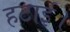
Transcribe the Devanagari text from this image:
हटाई।